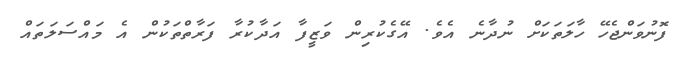
ފޮނުވަންޖެހޭ ހާލަތަކަށް ނުދާނެ އެވެ. އޭގެކުރިން ވަޒީފާ އަދާކުރާ ފަރާތްތަކުން އެ މައްސަލަތައް